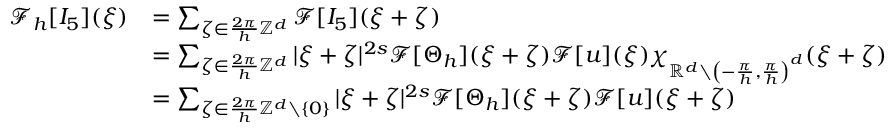
\begin{array} { r l } { \mathcal { F } _ { h } [ I _ { 5 } ] ( \xi ) } & { = \sum _ { \zeta \in \frac { 2 \pi } { h } \mathbb { Z } ^ { d } } \mathcal { F } [ I _ { 5 } ] ( \xi + \zeta ) } \\ & { = \sum _ { \zeta \in \frac { 2 \pi } { h } \mathbb { Z } ^ { d } } | \xi + \zeta | ^ { 2 s } \mathcal { F } [ \Theta _ { h } ] ( \xi + \zeta ) \mathcal { F } [ u ] ( \xi ) \chi _ { \mathbb { R } ^ { d } \setminus \left( - \frac { \pi } { h } , \frac { \pi } { h } \right) ^ { d } } ( \xi + \zeta ) } \\ & { = \sum _ { \zeta \in \frac { 2 \pi } { h } \mathbb { Z } ^ { d } \setminus \{ 0 \} } | \xi + \zeta | ^ { 2 s } \mathcal { F } [ \Theta _ { h } ] ( \xi + \zeta ) \mathcal { F } [ u ] ( \xi + \zeta ) } \end{array}